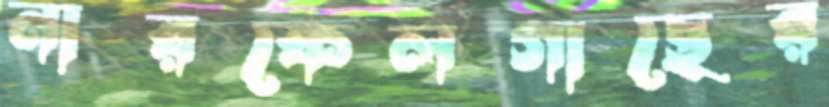
নারকেলগাছের